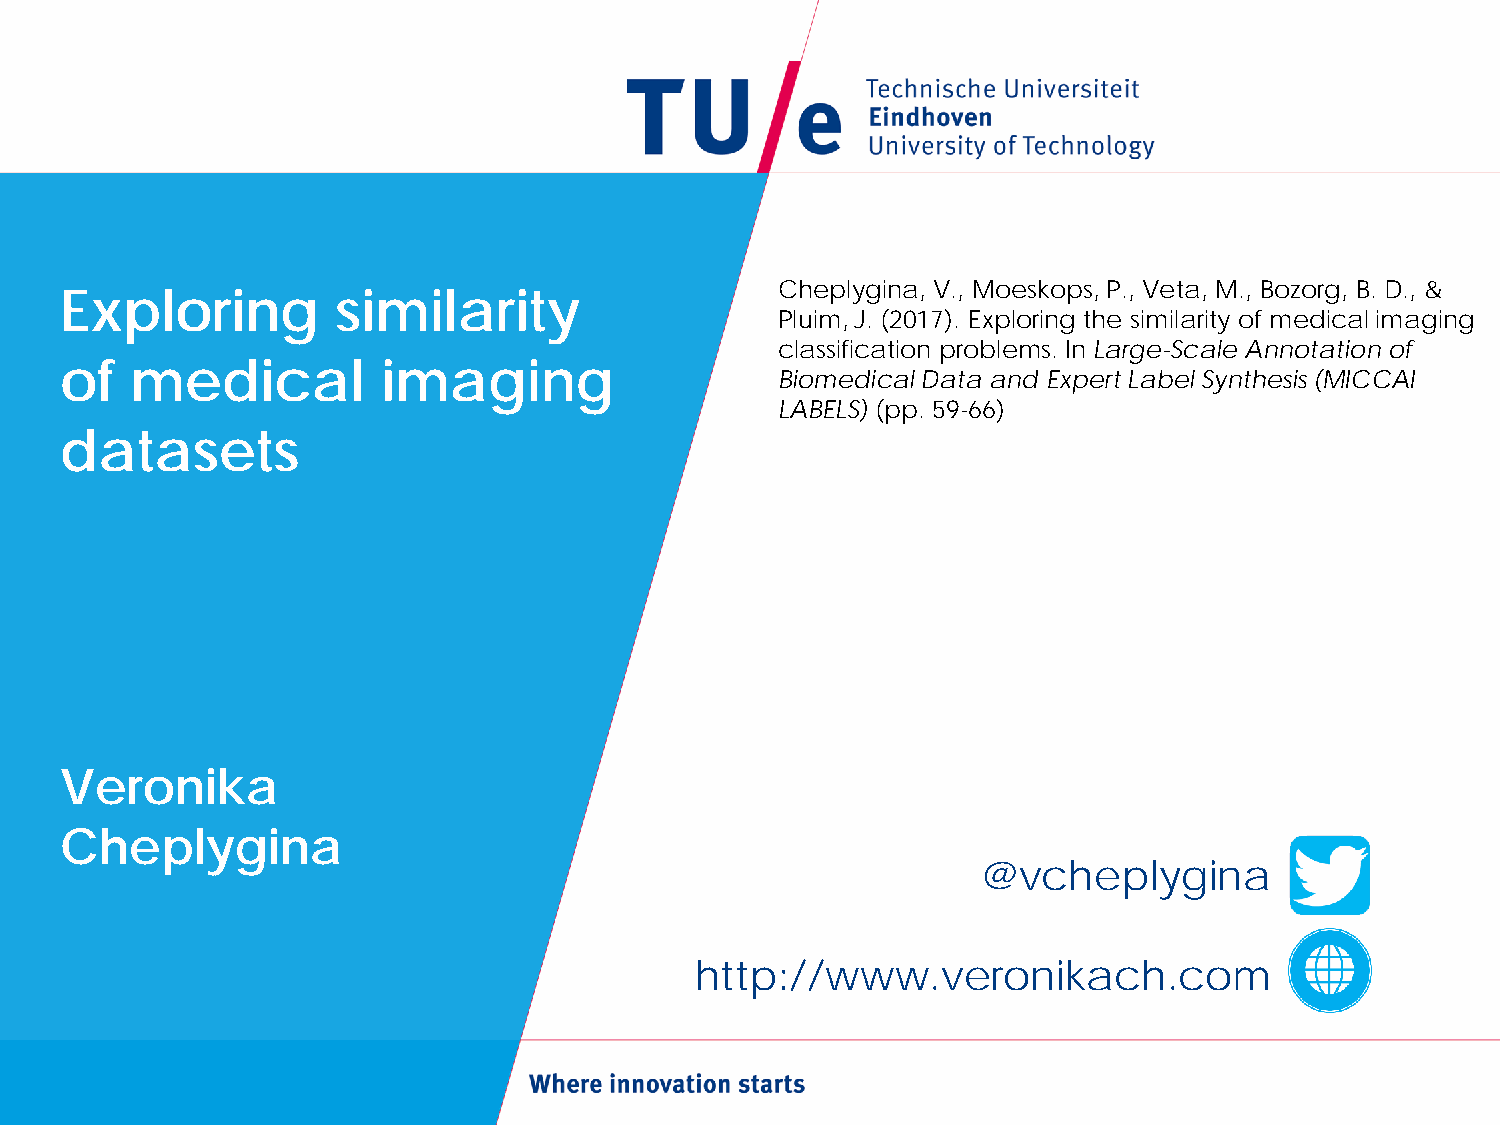
Cheplygina, V., Moeskops, P., Veta, M., Bozorg, B. D., &
 Exploring         similarity
 Pluim, J. (2017). Exploring the similarity of medical imaging
 classification problems. In Large-Scale Annotation of
 of   medical         imaging
 Biomedical Data and Expert Label Synthesis (MICCAI
 LABELS) (pp. 59-66)
 datasets
 Veronika
 Cheplygina
 @vcheplygina
 http://www.veronikach.com